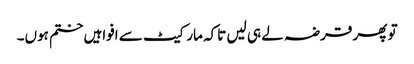
تو پھر قرضہ لے ہی لیں تاکہ مارکیٹ سے افواہیں ختم ہوں۔